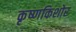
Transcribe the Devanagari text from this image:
कृष्णकिशोर